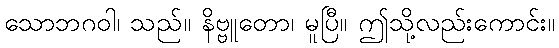
သောဘဂဝါ၊ သည်။ နိဗ္ဗူတော၊ မူပြီ။ ဤသို့လည်းကောင်း။